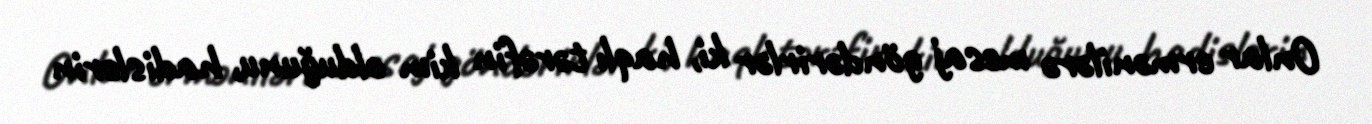
Onlar ermənilərə mesaj göndərirlər ki, haqlı tərəfin kim olduğunu, hadislərin